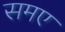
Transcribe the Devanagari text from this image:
समए